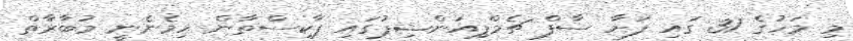
މި މަހުގެ 31 ގައި ފަށާ ސާފް ޗެމްޕިއަންޝިޕުގައި ޕާކިސްތާން ހިމެނެނީ މުބާރާތް